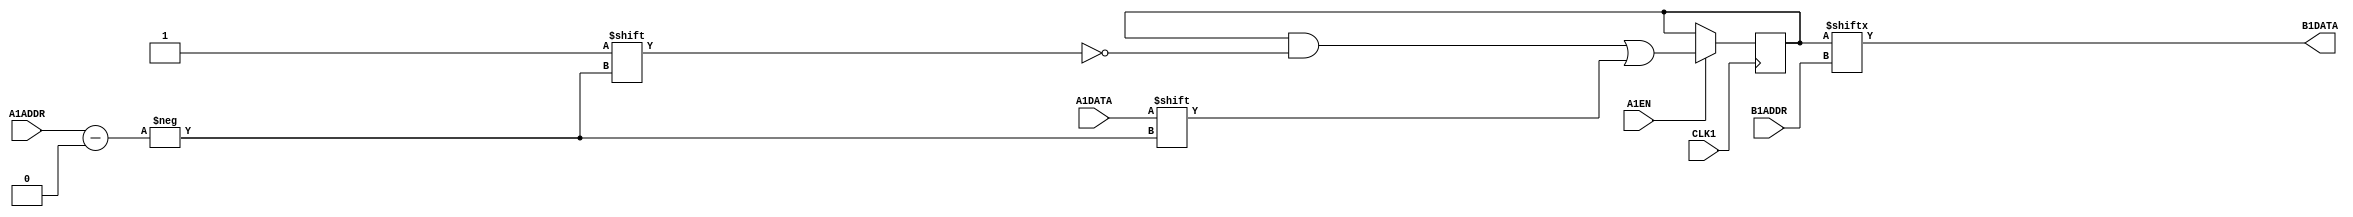
module MISTRAL_MLAB(input [4:0] A1ADDR, input A1DATA, A1EN,
    (* clkbuf_sink *) input CLK1,
    input [4:0] B1ADDR, output B1DATA);

reg [31:0] mem = 32'b0;

`ifdef cyclonev
specify
    $setup(A1ADDR, posedge CLK1, 86);
    $setup(A1DATA, posedge CLK1, 86);
    $setup(A1EN, posedge CLK1, 86);

    (B1ADDR[0] => B1DATA) = 487;
    (B1ADDR[1] => B1DATA) = 475;
    (B1ADDR[2] => B1DATA) = 382;
    (B1ADDR[3] => B1DATA) = 284;
    (B1ADDR[4] => B1DATA) = 96;
endspecify
`endif
`ifdef arriav
specify
    $setup(A1ADDR, posedge CLK1, 62);
    $setup(A1DATA, posedge CLK1, 62);
    $setup(A1EN, posedge CLK1, 62);

    (B1ADDR[0] => B1DATA) = 370;
    (B1ADDR[1] => B1DATA) = 292;
    (B1ADDR[2] => B1DATA) = 218;
    (B1ADDR[3] => B1DATA) = 74;
    (B1ADDR[4] => B1DATA) = 177;
endspecify
`endif
`ifdef cyclone10gx
// TODO: Cyclone 10 GX timings; the below timings are for Cyclone V
specify
    $setup(A1ADDR, posedge CLK1, 86);
    $setup(A1DATA, posedge CLK1, 86);
    $setup(A1EN, posedge CLK1, 86);

    (B1ADDR[0] => B1DATA) = 487;
    (B1ADDR[1] => B1DATA) = 475;
    (B1ADDR[2] => B1DATA) = 382;
    (B1ADDR[3] => B1DATA) = 284;
    (B1ADDR[4] => B1DATA) = 96;
endspecify
`endif

always @(posedge CLK1)
    if (A1EN) mem[A1ADDR] <= A1DATA;

assign B1DATA = mem[B1ADDR];

endmodule
module MISTRAL_M10K(CLK1, A1ADDR, A1DATA, A1EN, B1ADDR, B1DATA, B1EN);

parameter INIT = 0;

parameter CFG_ABITS = 10;
parameter CFG_DBITS = 10;

(* clkbuf_sink *) input CLK1;
input [CFG_ABITS-1:0] A1ADDR, B1ADDR;
input [CFG_DBITS-1:0] A1DATA;
input A1EN, B1EN;
output reg [CFG_DBITS-1:0] B1DATA;

reg [2**CFG_ABITS * CFG_DBITS - 1 : 0] mem = INIT;

`ifdef cyclonev
specify
    $setup(A1ADDR, posedge CLK1, 125);
    $setup(A1DATA, posedge CLK1, 97);
    $setup(A1EN, posedge CLK1, 140);
    $setup(B1ADDR, posedge CLK1, 125);
    $setup(B1EN, posedge CLK1, 161);

    if (B1EN) (posedge CLK1 => (B1DATA : A1DATA)) = 1004;
endspecify
`endif
`ifdef arriav
specify
    $setup(A1ADDR, posedge CLK1, 97);
    $setup(A1DATA, posedge CLK1, 74);
    $setup(A1EN, posedge CLK1, 109);
    $setup(B1ADDR, posedge CLK1, 97);
    $setup(B1EN, posedge CLK1, 126);

    if (B1EN) (posedge CLK1 => (B1DATA : A1DATA)) = 787;
endspecify
`endif

always @(posedge CLK1) begin
    if (!A1EN)
        mem[(A1ADDR + 1) * CFG_DBITS - 1 : A1ADDR * CFG_DBITS] <= A1DATA;

    if (B1EN)
        B1DATA <= mem[(B1ADDR + 1) * CFG_DBITS - 1 : B1ADDR * CFG_DBITS];
end

endmodule